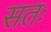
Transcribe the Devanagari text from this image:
सतः